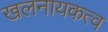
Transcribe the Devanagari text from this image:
खलनायकत्व